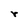
Character: r